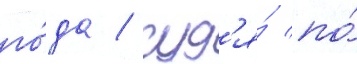
го́да / суд'я́ по́